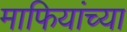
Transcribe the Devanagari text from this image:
माफियांच्या